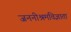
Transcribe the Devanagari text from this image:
जननीश्रमविज्ञाता